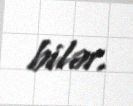
bilər.